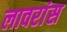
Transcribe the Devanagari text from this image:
लावरांस